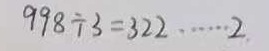
9 9 8 \div 3 = 3 3 2 \cdots 2 .